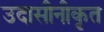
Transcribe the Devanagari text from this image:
उदासीनीकृत